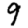
Digit: 9